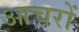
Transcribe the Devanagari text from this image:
आचरों